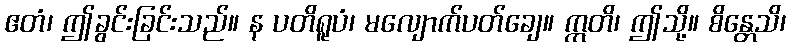
ဧတံ၊ ဤခွင်းခြင်းသည်။ န ပတိရူပံ၊ မလျောက်ပတ်ချေ။ ဣတိ၊ ဤသို့။ စိန္တေသိ၊